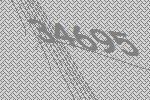
34695